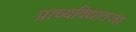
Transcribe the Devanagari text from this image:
प्राच्यविद्यातज्‍ज्ञ